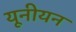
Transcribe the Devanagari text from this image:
यूनीयन